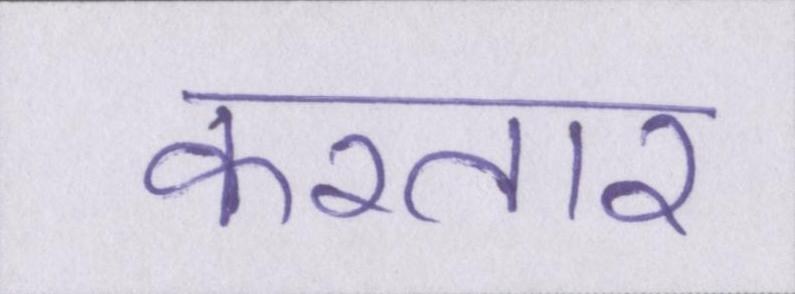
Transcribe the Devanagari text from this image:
करतार